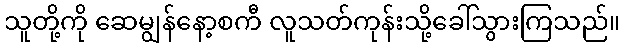
သူတို့ကို ဆေမျွန်နော့စကီ လူသတ်ကုန်းသို့ခေါ်သွားကြသည်။